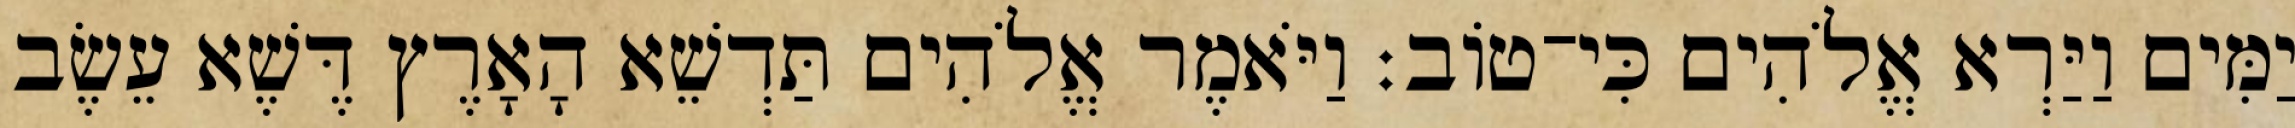
יַמִּים וַיַּרְא אֱלֹהִים כִּי־טֹוב׃ וַיֹּאמֶר אֱלֹהִים תַּדְשֵׁא הָאָרֶץ דֶּשֶׁא עֵשֶׂב